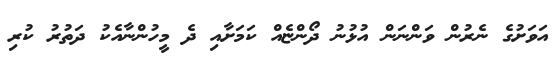
އަވަށުގެ ނެރުން ވަންނަން އުޅުނު ދޯންޏެއް ކަމަށާއި ދެ މީހުންނާއެކު ދަތުރު ކުރި